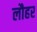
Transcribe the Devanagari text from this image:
लौहर